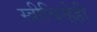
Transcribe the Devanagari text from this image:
स्त्रीचिन्हेही